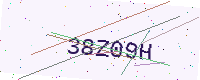
Text: 38Z09H